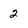
Character: 2